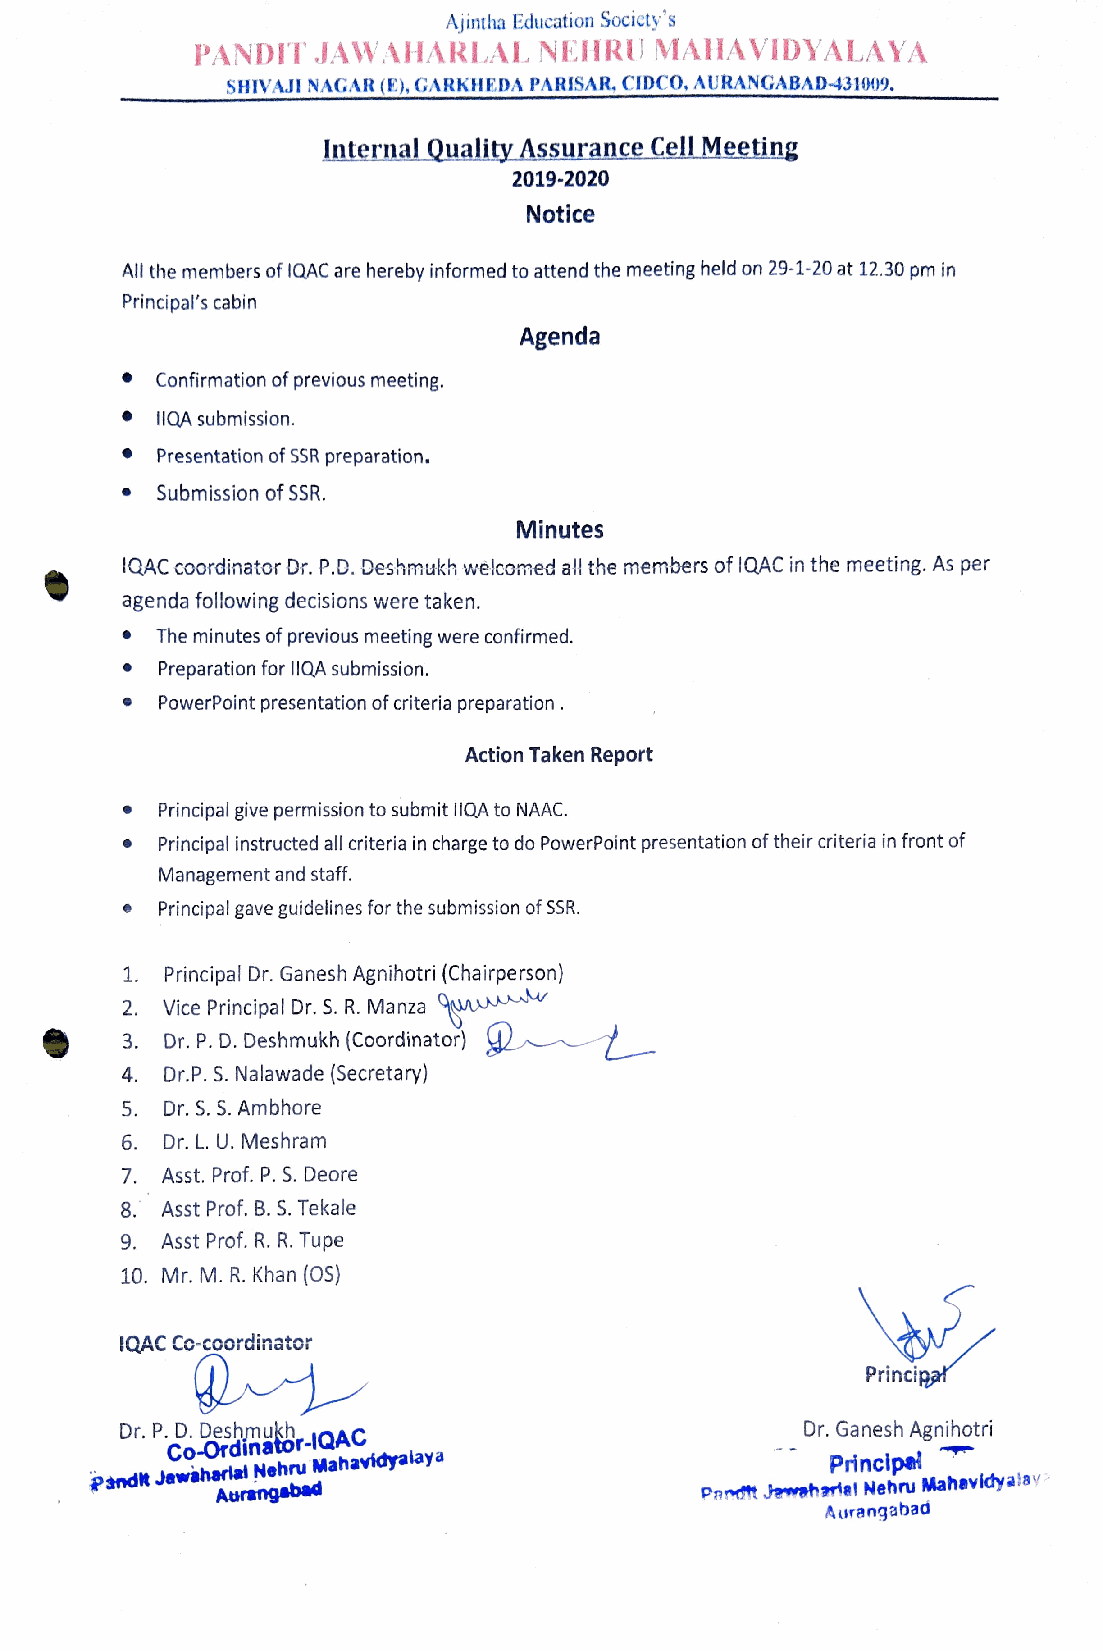
Ajintha Education Socicty's
 PANDITJAWAHARLAL       NEHRU  MAIAVIDYALAYA
 SHIVAJI NAGAR (E), GARKHEDA PARISAR, CIDCO, AURANGABAD-431009,
 Internal Quality Assurance Cell Meeting
 2019-2020
 Notice
 All the members of 1QAC are hereby informed to attend the meeting held on 29-1-20 at 12.30 pm in
 Principal's cabin
 Agenda
 Confirmation of previous meeting.
 IIQA submission.
 Presentation of SSR preparation.
 Submission of SSR.
 Minutes
 QAC coordinator Dr. P.D. Deshmukh welcomed all the members of IQAC in the meeting. As per
 agenda following decisions were taken.
 The minutes of previous meeting were confirmed.
 Preparation for lIQA submission.
 PowerPoint presentation of criteria preparation.
 Action Taken Report
 Principal give permission to submit l1QA to NAAC.
 Principal instructed all criteria in charge to do PowerPoint presentation of their driteria in front of
 Management and staf.
 Principal gave guidelines for the submission of SSR.
 1. Principal Dr. Ganesh Agnihotri (Chairperson)
 2. Vice Principal Dr. S. R. Manza uu
 Dr. P. D. Deshmukh (Coordinator)
 4. Dr.P. S. Nalawade (Secretary)
 5. Dr. S. S. Ambhore
 6. Dr. L.U. Meshram
 7. Asst. Prof. P. S. Deore
 8. Asst Prof. B. S. Tekale
 9. Asst Prof. R. R. Tupe
 10. Mr. M. R. Khan (0S)
 QAC Co-coordinator
 Principa
 Dr. P.D. Deshmu QAC                          Dr. Ganesh Agnihotri
 Co-Ordinator-1QAC
 Pandk Jawaha Ari ua rl aN ne gh er bu
 e
 M
 d
 ahavidyalaya
 Pat
 JawahaP iar li n Nc ehip rue M ahevidyalay
 Aurangabad